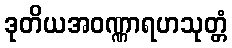
ဒုတိယအဝဏ္ဏာရဟသုတ္တံ